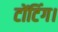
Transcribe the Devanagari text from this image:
टोंटिंग।